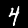
Label: 4